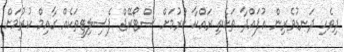
ދިވެހި ދަނޑުވެރިން އުފައްދާ ތަކެތި ރައްކާ ކުރުމަށް ސްޓޯރޭޖް ފެސިލިޓީތަކެއް ގާއިމް ކުރުމަށް